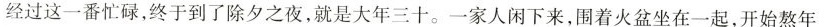
经过这一番忙碌，终于到了除夕之夜，就是大年三十。一家人闲下来，围着火盆坐在一起，开始熬年夜